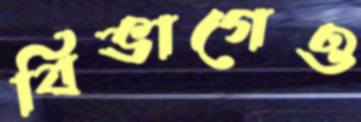
বিভাগেও